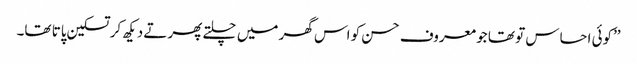
’’کوئی احساس تو تھا جو معروف حسن کو اس گھر میں چلتے پھرتے دیکھ کر تسکین پاتا تھا۔